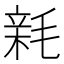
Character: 𣮭